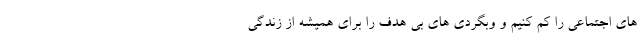
های اجتماعی را کم کنیم و وبگردی های بی هدف را برای همیشه از زندگی